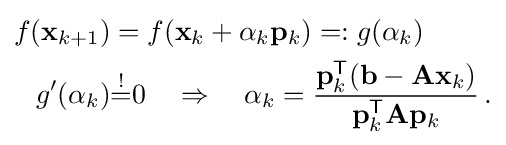
{\begin{aligned}f(\mathbf {x} _{k+1})&=f(\mathbf {x} _{k}+\alpha _{k}\mathbf {p} _{k})=:g(\alpha _{k})\\g'(\alpha _{k})&{\overset {!}{=}}0\quad \Rightarrow \quad \alpha _{k}={\frac {\mathbf {p} _{k}^{\mathsf {T}}(\mathbf {b} -\mathbf {Ax} _{k})}{\mathbf {p} _{k}^{\mathsf {T}}\mathbf {A} \mathbf {p} _{k}}}\,.\end{aligned}}